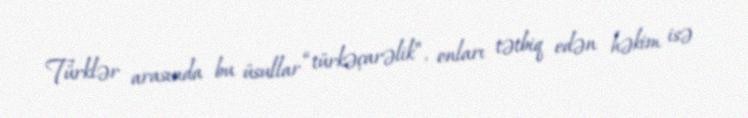
Türklər arasında bu üsullar “türkəçarəlik”, onları tətbiq edən həkim isə